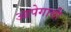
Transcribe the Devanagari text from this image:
आपेगावी